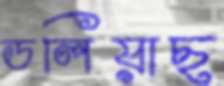
ডলিয়াছ